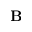
{ \bf B }